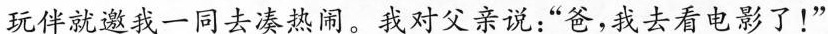
玩伴就邀我一同去凑热闹。我对父亲说；“爸，我去看电影了！”